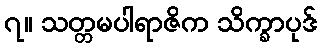
၇။ သတ္တမပါရာဇိက သိက္ခာပုဒ်